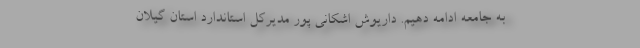
به جامعه ادامه دهیم. داریوش اشکانی پور مدیرکل استاندارد استان گیلان